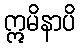
ဣမိနာပိ